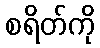
စရိတ်ကို